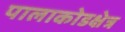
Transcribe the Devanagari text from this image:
पालाकोडक्षेत्र